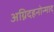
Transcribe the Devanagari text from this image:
अग्निदहनोन्माद